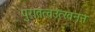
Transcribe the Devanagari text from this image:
पुरातत्वउत्खनन